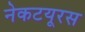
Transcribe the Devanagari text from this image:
नेकटयूरस